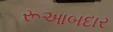
રૂઆબદાર